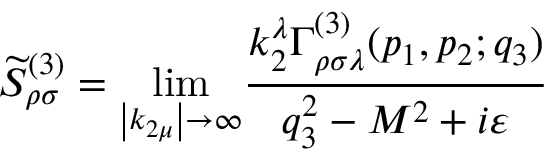
\widetilde { S } _ { \rho \sigma } ^ { ( 3 ) } = { \operatorname * { l i m } _ { \left| k _ { 2 \mu } \right| \rightarrow \infty } } \frac { k _ { 2 } ^ { \lambda } \Gamma _ { \rho \sigma \lambda } ^ { ( 3 ) } ( p _ { 1 } , p _ { 2 } ; q _ { 3 } ) } { q _ { 3 } ^ { 2 } - M ^ { 2 } + i \varepsilon }